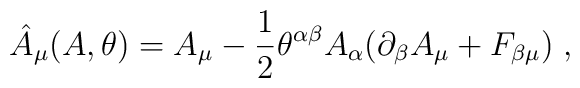
\hat{A}_{\mu}(A, \theta) = A_{\mu} - \frac{1}{2} \theta^{\alpha\beta}A_{\alpha}(\partial_{\beta}A_{\mu} + F_{\beta \mu})  \;,